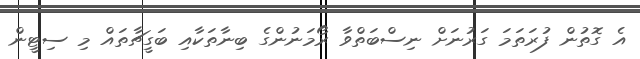
އެ ގޮތުން ފުރަތަމަ ގަރުނަށް ނިސްބަތްވާ ރޯމަނުންގެ ބިނާތަކާއި ބަގީޗާތައް މި ސިޓީން